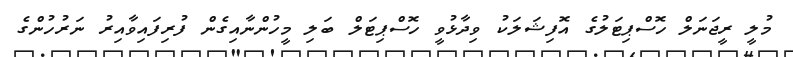
މުލީ ރީޖަނަލް ހޮސްޕިޓަލުގެ އޮފިޝަލަކު ވިދާޅުވީ ހޮސްޕިޓަލް ބަލި މީހުންނާއިގެން ފުރިފައިވާއިރު ނަރުހުންގެ